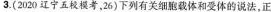
3.(2020辽宁五模考，26)下列有关细胞载体和受体的说法，正